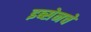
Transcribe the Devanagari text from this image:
इब्सेनचे